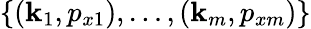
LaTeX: \{ (\mathbf{k}_{1},p_{x1}),\dots,(\mathbf{k}_{m},p_{xm})\}